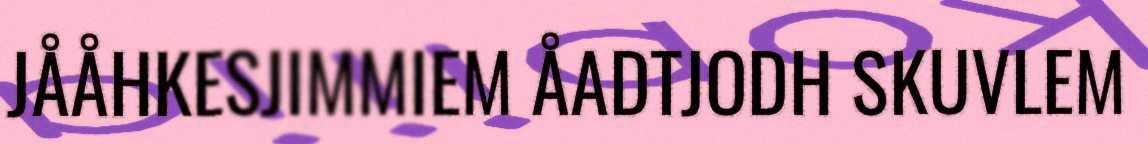
JÅÅHKESJIMMIEM ÅADTJODH SKUVLEM